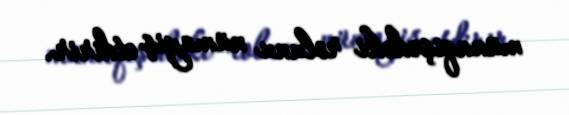
münaqişədəki rolunu nümayiş etdirir.